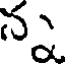
న్న